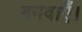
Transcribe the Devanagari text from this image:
बनवाएँ।